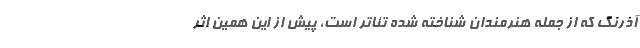
آذرنگ که از جمله هنرمندان شناخته شده تئاتر است، پیش از این همین اثر